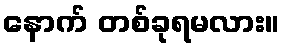
နောက် တစ်ခုရမလား။